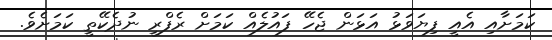
ކަމަށާއި އެއީ ފިޔަވަޅު އަޅަން ޖެހޭ ފައުލެއް ކަމަށް ރެފްރީ ނުދެކޭތީ ކަމަށެވެ.